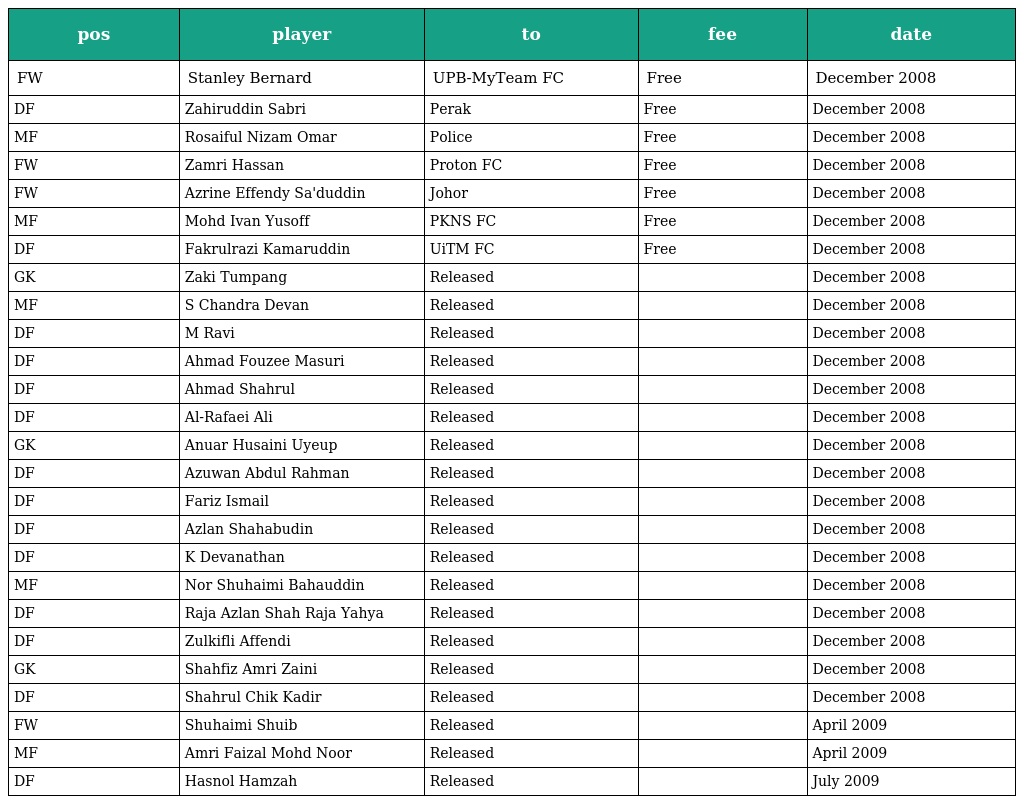
| pos | player | to | fee | date |
 | --- | --- | --- | --- | --- |
 | FW | Stanley Bernard | UPB-MyTeam FC | Free | December 2008 |
 | DF | Zahiruddin Sabri | Perak | Free | December 2008 |
 | MF | Rosaiful Nizam Omar | Police | Free | December 2008 |
 | FW | Zamri Hassan | Proton FC | Free | December 2008 |
 | FW | Azrine Effendy Sa'duddin | Johor | Free | December 2008 |
 | MF | Mohd Ivan Yusoff | PKNS FC | Free | December 2008 |
 | DF | Fakrulrazi Kamaruddin | UiTM FC | Free | December 2008 |
 | GK | Zaki Tumpang | Released |  | December 2008 |
 | MF | S Chandra Devan | Released |  | December 2008 |
 | DF | M Ravi | Released |  | December 2008 |
 | DF | Ahmad Fouzee Masuri | Released |  | December 2008 |
 | DF | Ahmad Shahrul | Released |  | December 2008 |
 | DF | Al-Rafaei Ali | Released |  | December 2008 |
 | GK | Anuar Husaini Uyeup | Released |  | December 2008 |
 | DF | Azuwan Abdul Rahman | Released |  | December 2008 |
 | DF | Fariz Ismail | Released |  | December 2008 |
 | DF | Azlan Shahabudin | Released |  | December 2008 |
 | DF | K Devanathan | Released |  | December 2008 |
 | MF | Nor Shuhaimi Bahauddin | Released |  | December 2008 |
 | DF | Raja Azlan Shah Raja Yahya | Released |  | December 2008 |
 | DF | Zulkifli Affendi | Released |  | December 2008 |
 | GK | Shahfiz Amri Zaini | Released |  | December 2008 |
 | DF | Shahrul Chik Kadir | Released |  | December 2008 |
 | FW | Shuhaimi Shuib | Released |  | April 2009 |
 | MF | Amri Faizal Mohd Noor | Released |  | April 2009 |
 | DF | Hasnol Hamzah | Released |  | July 2009 |